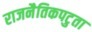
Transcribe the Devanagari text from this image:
राजनैतिकपटुता